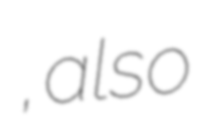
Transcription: عباس ابادگزك, also